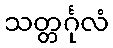
သတ္တင်္ဂုလံ